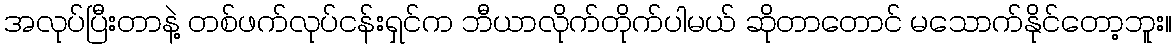
အလုပ်ပြီးတာနဲ့ တစ်ဖက်လုပ်ငန်းရှင်က ဘီယာလိုက်တိုက်ပါမယ် ဆိုတာတောင် မသောက်နိုင်တော့ဘူး။